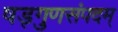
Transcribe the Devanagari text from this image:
षड्गुणसंपदम्‌